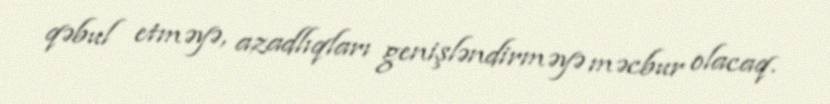
qəbul etməyə, azadlıqları genişləndirməyə məcbur olacaq.